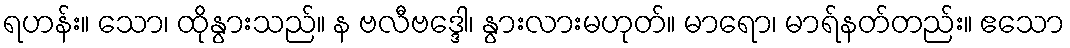
ရဟန်း။ သော၊ ထိုနွားသည်။ န ဗလီဗဒ္ဒေါ၊ နွားလားမဟုတ်။ မာရော၊ မာရ်နတ်တည်း။ ဧသော